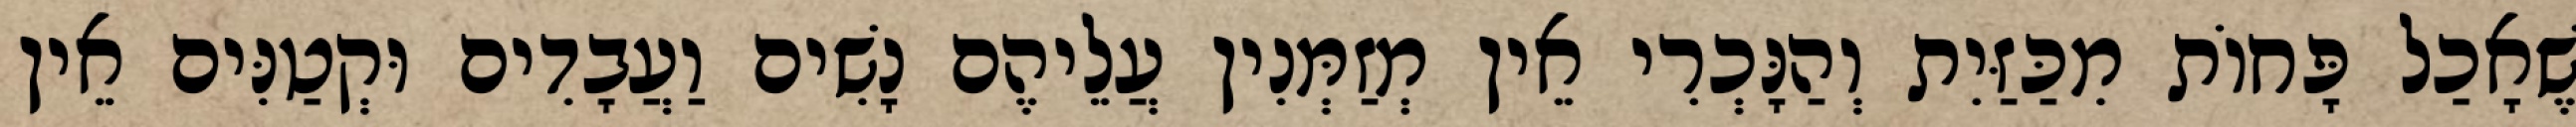
שֶׁאָכַל פָּחוֹת מִכַּזַּיִת וְהַנָּכְרִי אֵין מְזַמְּנִין עֲלֵיהֶם נָשִׁים וַעֲבָדִים וּקְטַנִּים אֵין